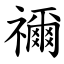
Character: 禰